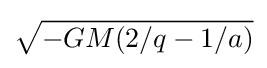
{\sqrt {-GM(2/q-1/a)}}